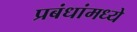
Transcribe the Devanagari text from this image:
प्रबंधांमध्ये